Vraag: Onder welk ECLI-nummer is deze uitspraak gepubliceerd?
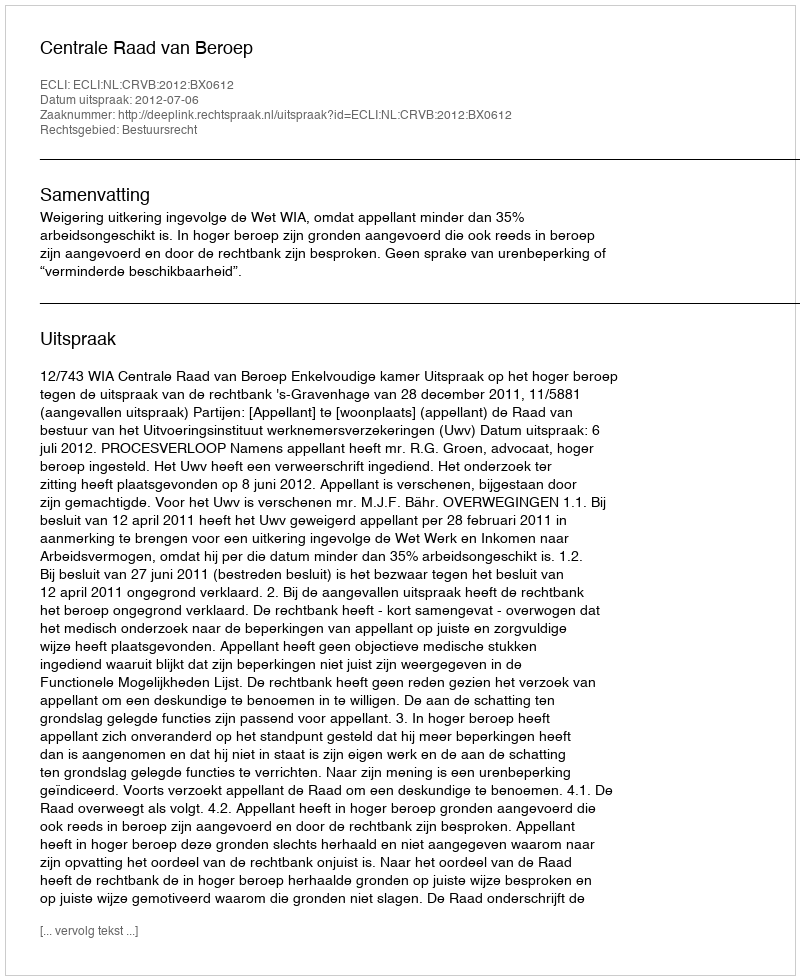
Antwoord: ECLI:NL:CRVB:2012:BX0612